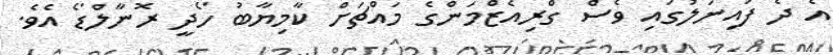
އެ ދެ ފައިނަލުގައި ވެސް ގްރިއެޒްމަންގެ މައްޗަށް ކާމިޔާބު ހޯދީ ރޮނާލްޑޯ އެވެ.